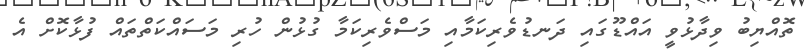
ތޮއްޔިބު ވިދާޅުވީ އައްޑޫގައި ދަނޑުވެރިކަމާއި މަސްވެރިކަމާ ގުޅުން ހުރި މަސައްކަތްތައް ފުޅާކޮށް އެ